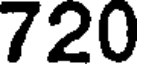
720